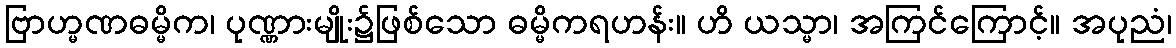
ဗြာဟ္မဏဓမ္မိက၊ ပုဏ္ဏားမျိုး၌ဖြစ်သော ဓမ္မိကရဟန်း။ ဟိ ယသ္မာ၊ အကြင်ကြောင့်။ အပုညံ၊